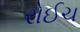
રોઈચ